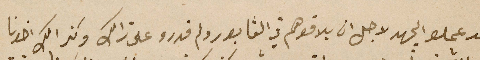
قد عملو الجهد لاجل ان يلاقوهم في الڨابور ولم قدرو على ذالك وكذالك اخونا